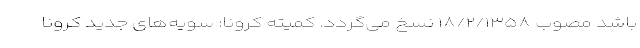
باشد مصوب ۱۸/۲/۱۳۵۸ نسخ می‌گردد. کمیته کرونا: سویه‌های جدید کرونا